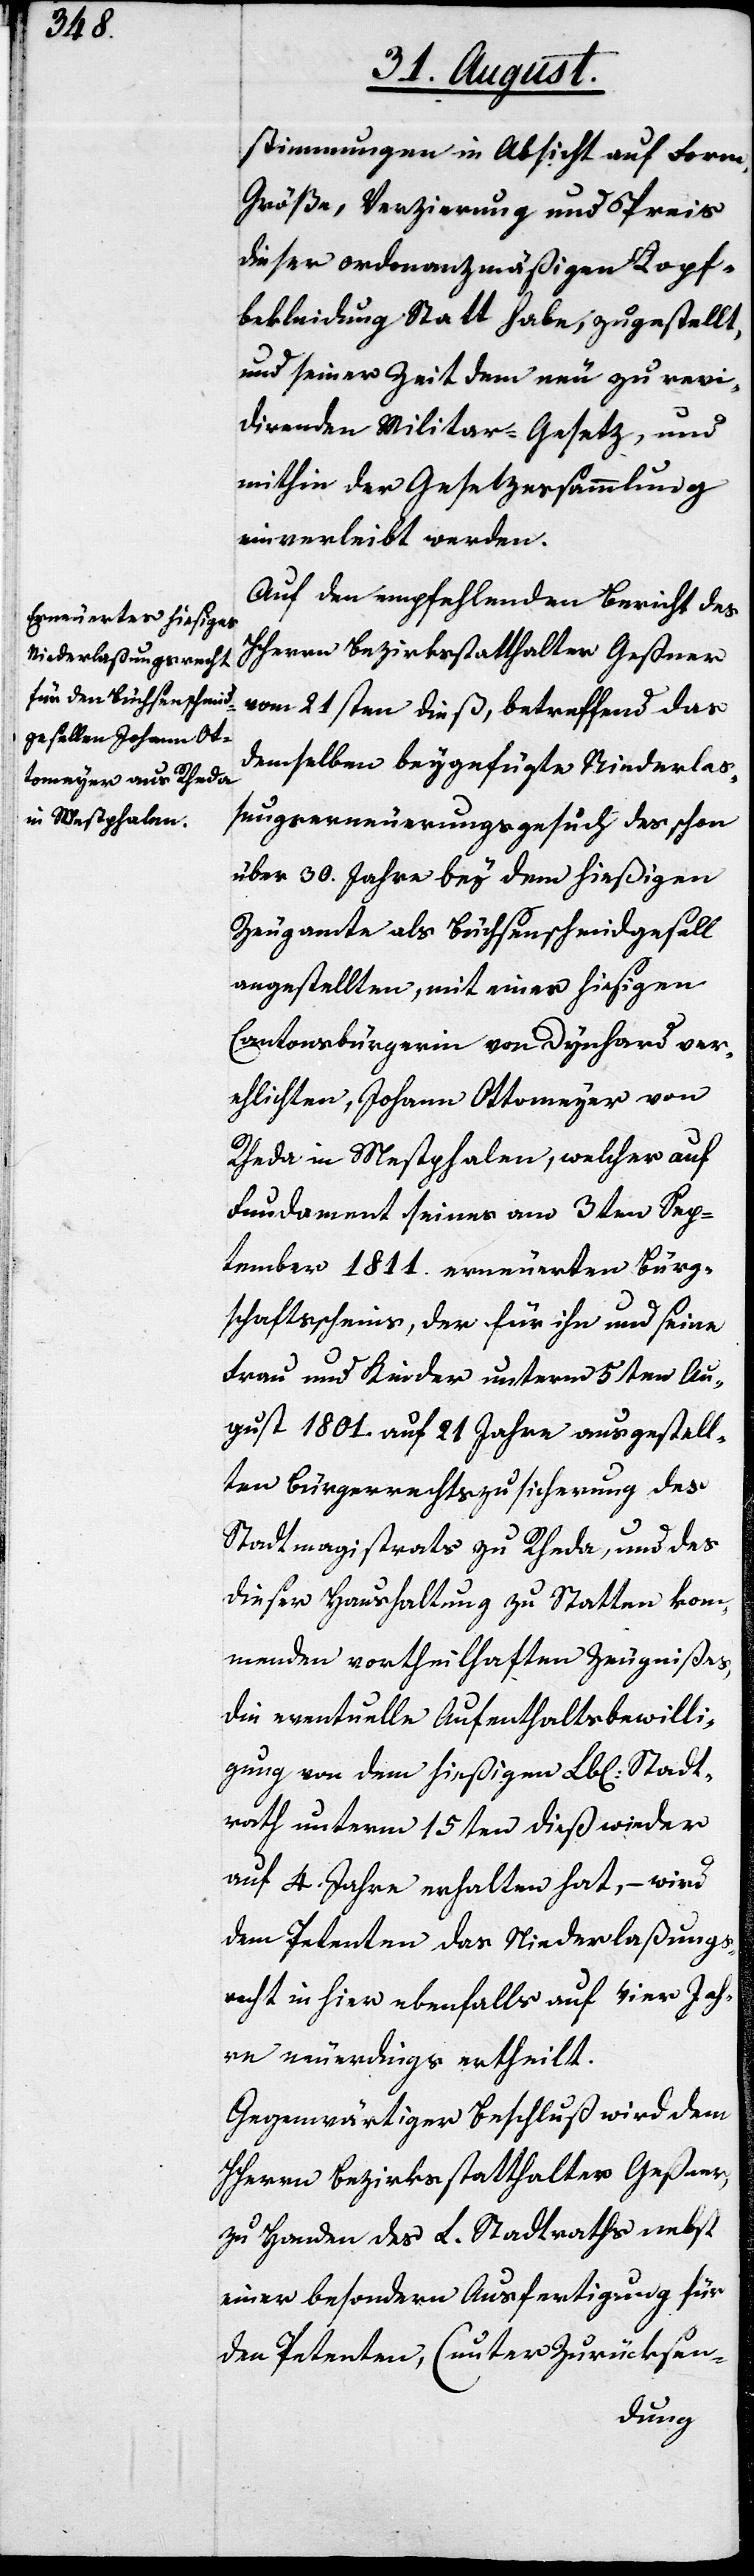
stimmungen in Absicht auf Form,
Größe, Verzierung und Preis
dieser ordonanzmäßigen Kopf¬
bekleidung Statt habe, zugestellt,
und seiner Zeit dem neu zu revi¬
dierenden Militar-Gesetz, und
mithin der Gesetzsammlung
einverleibt werden.
Auf den empfehlenden Bericht des
HHerrn Bezirksstatthalter Geßner
vom 21sten dieß, betreffend das
demselben beygefügte Niederlaß¬
ungserneuerungsgesuch des schon
über 30. Jahre bey dem hießigen
Zeugamte als Büchsenschmiedgesell
angestellten, mit einer hiesigen
Cantonsbürgerin von Dynhard ver¬
ehlichten, Johann Ottomeyer von
Rheda in Westphalen, welcher auf
Fundament seines am 3ten Sep¬
tember 1811. erneuerten Bürge¬
rschaftsscheins, der für ihn und seine
Frau und Kinder unterm 5ten Au¬
gust 1801. auf 21 Jahre ausgestell¬
ten Bürgerrechtszusicherung des
Stadtmagistrats zu Rheda, und des
dieser Haushaltung zu Statten ko¬
mmenden votheilhaften Zeugnißes,
die eventuelle Aufenthaltsbewilli¬
gung von dem hießigen Lbl. Stadt¬
rath unterm 15ten dieß wieder
auf 4. Jahre erhalten hat, – wird
dem Petenten das Niederlaßungs¬
recht in hier ebenfalls auf vier Jah¬
re neuerdings ertheilt.
Gegenwärtiger Beschluß wird dem
HHerrn Bezirksstatthalter Geßner,
zu Handen des L. Stadtraths nebst
einer besondern Ausfertigung für
den Petenten, (unter Zurücksen-